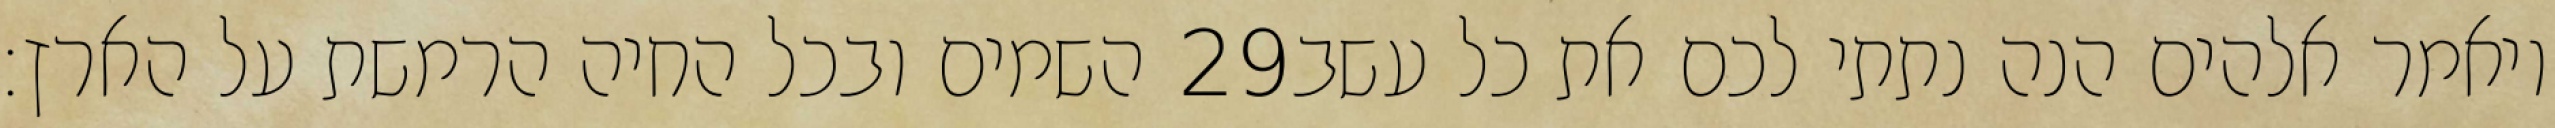
השמים ובכל החיה הרמשת על הארץ׃ ‎29‏ ויאמר אלהים הנה נתתי לכם את כל עשב